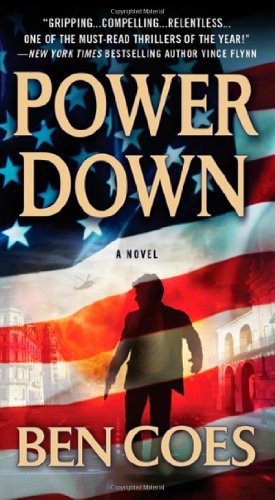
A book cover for Power Down (A Dewey Andreas Novel); Ben Coes; Mystery, Thriller & Suspense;